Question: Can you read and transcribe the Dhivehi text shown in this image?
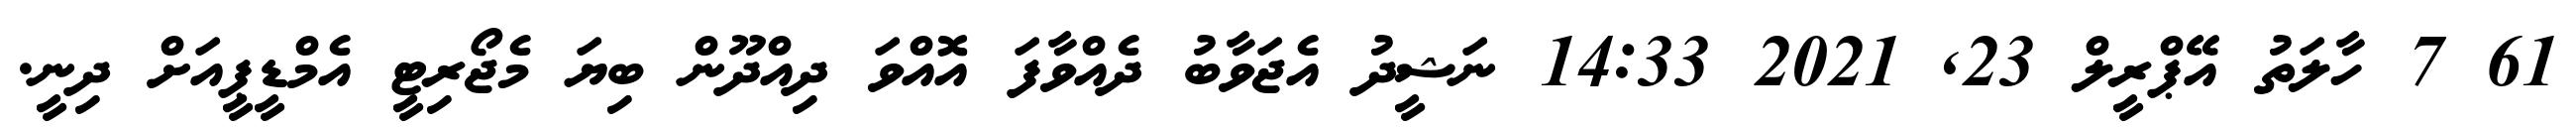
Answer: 61 7 ހާލަތު އޭޕްރީލް 23, 2021 14:33 ނަޝީދު އެޖަވާބު ދެއްވާފަ އޮއްވަ ދިއްދޫން ބިޔަ މެޖޯރިޓީ އެމްޑީޕީއަށް ދިނީ.